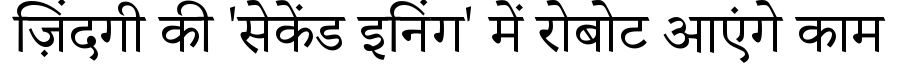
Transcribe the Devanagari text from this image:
ज़िंदगी की 'सेकेंड इनिंग' में रोबोट आएंगे काम